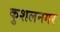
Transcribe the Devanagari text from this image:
कुशलनगर